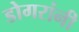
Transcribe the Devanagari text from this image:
डोगरांनी